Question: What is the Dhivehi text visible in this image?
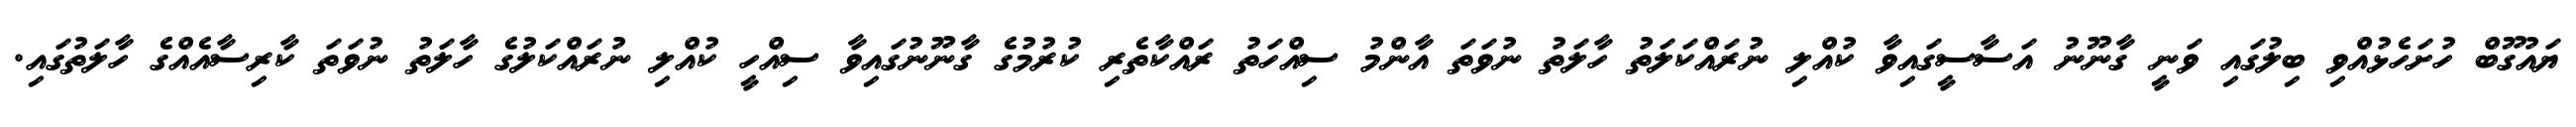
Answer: ޔައުގޫބް ހުށަހެޅުއްވި ބިލުގައި ވަނީ ގާނޫނު އަސާސީގައިވާ ކުއްލި ނުރައްކަލަތު ހާލަތު ނުވަތަ އާންމު ސިއްހަތު ރައްކާތެރި ކުރުމުގެ ގާނޫނުގައިވާ ސިއްހީ ކުއްލި ނުރައްކަލުގެ ހާލަތު ނުވަތަ ކާރިސާއެއްގެ ހާލަތުގައި.